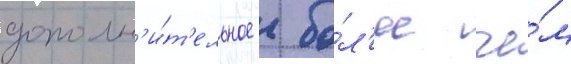
дополн'и́т'ельное  бо́л'ее че́м